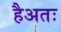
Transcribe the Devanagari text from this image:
हैअतः